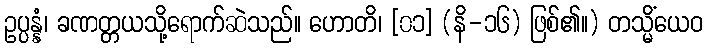
ဥပ္ပန္နံ၊ ခဏတ္တယသို့ရောက်ဆဲသည်။ ဟောတိ၊ [၀၁] (နိ-၁၆) ဖြစ်၏။) တသ္မိံယေဝ